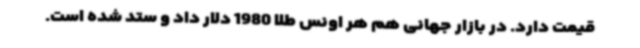
قیمت دارد. در بازار جهانی هم هر اونس طلا 1980 دلار داد و ستد شده است.